Annual report on the lock hospitals of the Madras Presidency
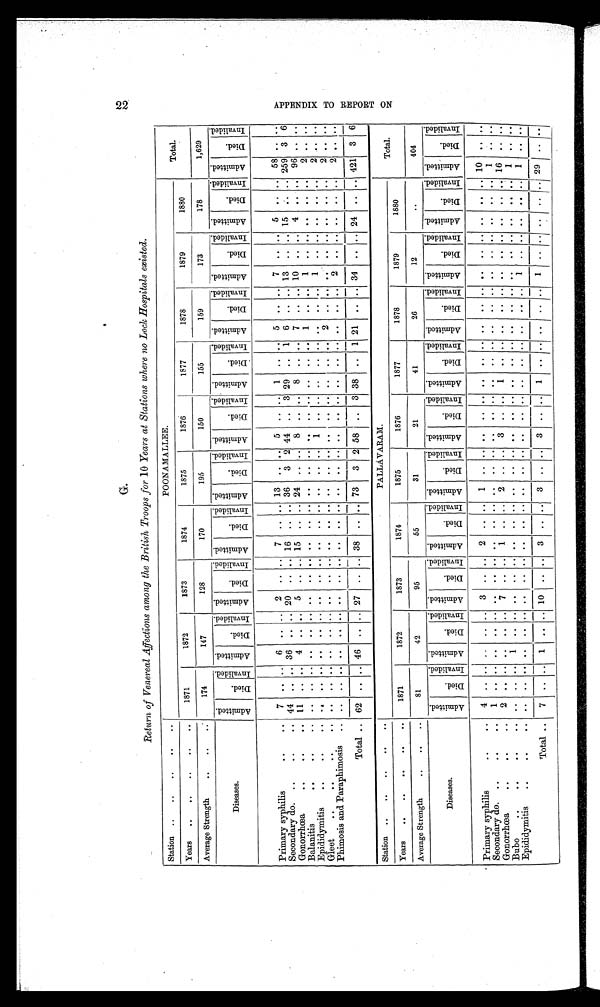
G
2 2
Return of Venereal Affections among the British Troops for 10 Years at Stations where no Lock Hospitals existed.
Station ..
..
..
..
..
POONAMALLEE.
Total.
Years
..
..
..
..
..
1871
1872
1873
1874
1875
1876
1877
1878
1879
1880
Average Strength
..
..
..
174
147
128
170
195
150
155
159
173
178
1,629
Diseases.
Ad mi t t e d .
Di ed.
I n v a l i d e d . Admi t t e d.
Died.
I n v a l i d e d . Admi t t e d.
Died.
I nval i ded. A d m i t t e d .
Died.
I n v a l i d e d . A d m i t t e d .
Died.
I n v a l i d e d .
Admi t t e d.
Di ed.
I n v a l i d e d . Ad mi t t e d .
Died.
I n v a l i d e d . Ad mi t t e d . Di e d .
I nva l i de d. Admi t t e d.
Died.
I n v a l i d e d . Admi t t e d.
Died.
I nval i ded. Admi t t e d.
Di ed.
I n v a l i d e d .
Primary syphilis
..
. .
7
. . . .
6
. . . .
2 .. .. 7 .. .. 13 .. .. 5 .. .. 1 .. .. 5 .. .. 7
. . . . 5 .. .. 5 .. ..
Secondary do. ....
.. 44 .. .. 36 .. .. 20 .. .. 16 .. .. 36
3 2 44 .. 3 29 .. 1 6 .. .. 13 .. .. 15
. . .. 259 3 6
Gonorrhœa
..
..
.. 11 .. .. 4 .. .. 5 .. .. 15 .. .. 24 .. .. 8 .. .. 8 .. .. 7 .. .. 10 .. .. 4 .. .. 96 .. ..
Balanitis
..
..
. .
. . . .
. .
. . . .
. .
. . . .
. .
. . . .
. .
. . . .
. .
. . . .
. .
. . . .
1
. . . .
1
. . . .
. .
. . . . 2
. . . .
Epididymitis
.
.
. .
. . . .
. .
. . . .
. .
. . . .
. .
. . . .
. .
. . . .
. .
. . . .
. .
. . . .
. .
. . . .
1
. . . .
. .
. . . . 2
. . ..
Gleet
..
. ... ..
.. .. ..
. .
. . ..
. .
. . ..
. .
. . . . . .
. . . . ..
. . . . . .
. . . . 2 .. ..
. .
. . . . ..
. . . .
2
. . ..
Phimosis and Paraphimosis
.. .. ..
. . .. .. ..
. .
. . . .
. .
. . . .
. .
. . . . . .
. . . . . .
. . . . . . .. .. 2
. . . .
. .
. . . . 2
. . . .
Total .. 62 .. .. 46 .. .. 27 .. .. 38 .. .. 73
3 2 58 .. 3 38 .. 1 21 .. .. 34 .. .. 24 ..
. . 421 3 6
Station ..
..
..
..
..
PALLAVARAM.
Total.
Years
..
..
..
..
..
1871
1872
1873
1874
1875
1876
1877
1878
1879
1880
Average Strength
..
..
..
81
42
95
55
31
21
41
26
12
..
404
Diseases.
Ad mi t t e d .
Died.
I nval i ded. Ad mi t t e d .
Died.
I nva l i de d. Admi t t ed.
Di ed.
I nva l i de d. Admi t t e d.
Died.
I nva l i de d. Admi t t e d.
Died.
I nva l i de d. Admi t t ed.
Di ed.
I n v a l i d e d . Ad mi t t e d .
Died.
I nval i ded. Admi t t ed.
Died.
I nval i ded. Admi t t ed.
Di e d.
I n v a l i d e d .
Admi t t ed.
Di ed.
I nval i ded. A d mi t t e d .
Died.
I n v a l i d e d .
Primary syphilis
..
..
4
. . . .
. .
. . . .
3
. . . .
2
. . . .
1
. . . .
. .
. . . .
. .
. . . .
. .
. . . .
. .
. . . .
. .
. . . .
1 0
. . . .
Secondary do. ..
..
..
1
. . . .
. .
. . . .
. .
. . . .
. .
. . . .
. .
. . . .
. .
. . . .
. .
. . . .
. .
. . . .
. .
. . . .
. .
. . . . 1 ..
. .
Gonorrhœa
..
..
2
. . . .
. .
. . . .
7
. . . .
1
. . . .
2
. . . .
3
. . . .
1
. . . .
. .
. . . .
. .
. . . .
. .
. . . .
1 6
. . . .
Bubo
..
..
..
..
. .
. . . . 1
. . . .
. .
. . ..
. .
. . . . ..
. .
. . . .
. . . .
. .
. . . . . .
. . . . . .
. . . . . .
. . .. 1
. . . .
Epididymitis
..
..
. .
. . . .
. .
. . . .
. .
. . . .
. .
. . . .
. .
. . . .
. .
. . . .
. .
. . . .
. .
. . . . 1
. . . . . .
. . . . 1
. . . .
Total . .
7 .. .. 1 .. .. 10 .. .. 3 .. .. 3 .. .. 3
. . . . 1 .. .. .. .. .. 1 .. .. .. .. .. 29 .. ..
A P P E N D I X T O R E P O R T O N